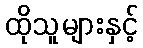
ထိုသူများနှင့်